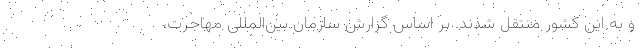
و به این کشور منتقل شدند. بر اساس گزارش سازمان بین‌المللی مهاجرت،